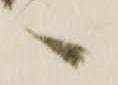
へ